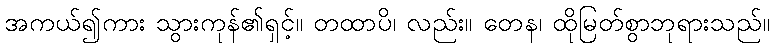
အကယ်၍ကား သွားကုန်၏ရှင့်။ တထာပိ၊ လည်း။ တေန၊ ထိုမြတ်စွာဘုရားသည်။